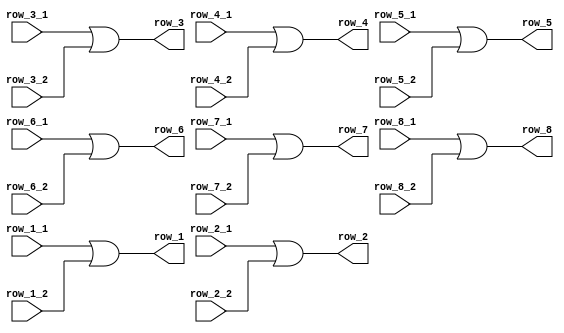
module or_all_rows(row_1_1,row_2_1,row_3_1,row_4_1,row_5_1,row_6_1,row_7_1,row_8_1,row_1_2,row_2_2,row_3_2,row_4_2,row_5_2,row_6_2,row_7_2,row_8_2,row_1,row_2,row_3,row_4,row_5,row_6,row_7,row_8);
input [7:0] row_1_1,row_2_1,row_3_1,row_4_1,row_5_1,row_6_1,row_7_1,row_8_1,row_1_2,row_2_2,row_3_2,row_4_2,row_5_2,row_6_2,row_7_2,row_8_2;

output reg [7:0] row_1,row_2,row_3,row_4,row_5,row_6,row_7,row_8;

always @* begin

row_1 =  row_1_1|row_1_2;
row_2 =  row_2_1|row_2_2;
row_3 =  row_3_1|row_3_2;
row_4 =  row_4_1|row_4_2;
row_5 =  row_5_1|row_5_2;
row_6 =  row_6_1|row_6_2;
row_7 =  row_7_1|row_7_2;
row_8 =  row_8_1|row_8_2;

end

endmodule